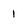
Character: i